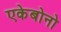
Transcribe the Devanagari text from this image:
एकेबोनो